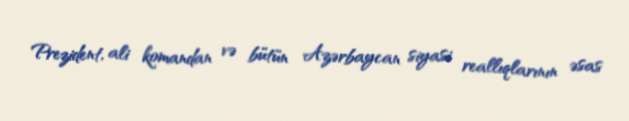
Prezident, ali komandan və bütün Azərbaycan siyasi reallıqlarının əsas